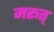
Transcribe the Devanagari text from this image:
मरूत्